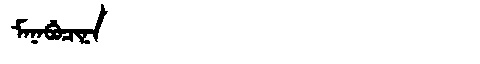
Manchu: ᠮᠠᠨᠠᠪᡠᠴᡳᠨᠠ
Romanization: MANABUCINA